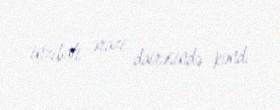
inzibati ərazi dairəsində kənd.